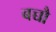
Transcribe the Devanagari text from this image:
बच्चौ